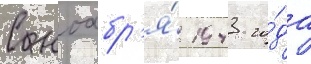
С ноабр'я́ 1943 го́да